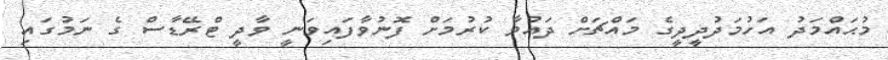
މުޙައްމަދު އަހުމަދުދީދީގެ މައްޗަށް ދައުވާ ކުރުމަށް ފޮނުވާފައިވަނީ ވާދީ ޓްރޭޑާސް ގެ ނަމުގައި